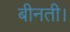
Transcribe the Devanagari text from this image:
बीनती।